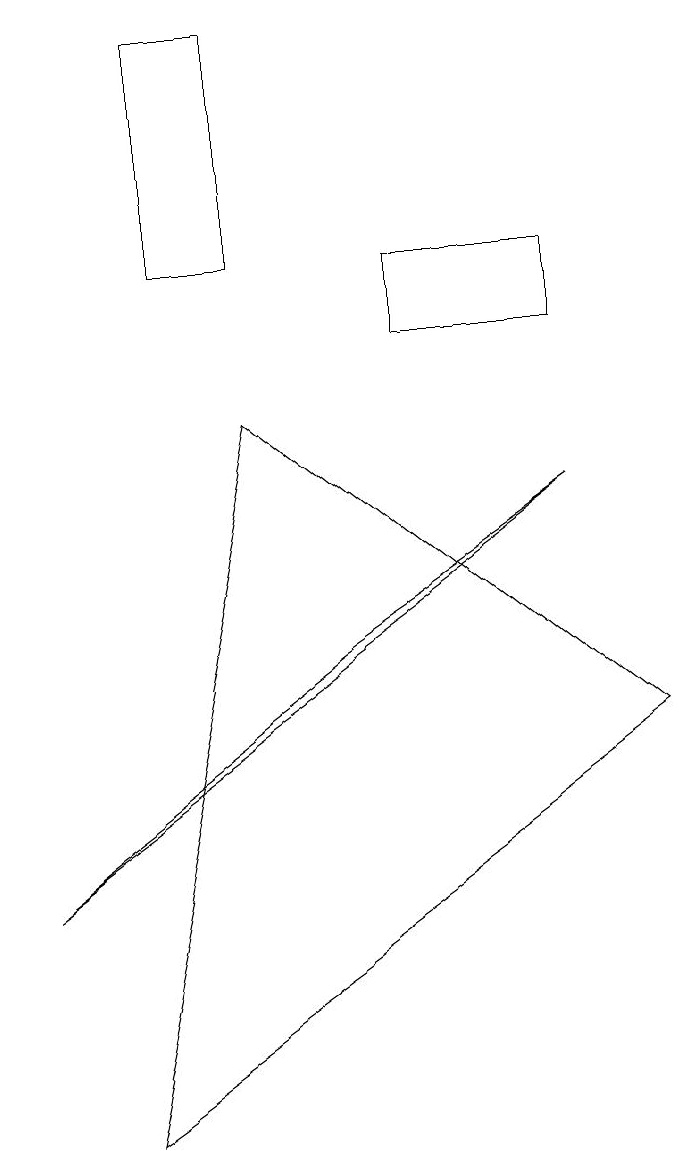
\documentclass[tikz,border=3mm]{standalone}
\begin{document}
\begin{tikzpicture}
\draw (8,11) rectangle (6,10);
\draw (1,3) -- (8,8) -- (5,6) -- cycle;
\draw (3,11) rectangle (4,14);
\draw (9,5) -- (4,9) -- (2,0) -- cycle;
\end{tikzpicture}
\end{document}